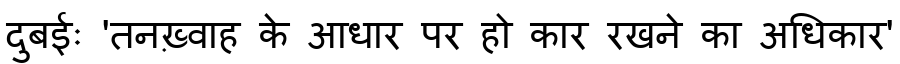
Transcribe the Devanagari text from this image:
दुबईः 'तनख़्वाह के आधार पर हो कार रखने का अधिकार'